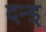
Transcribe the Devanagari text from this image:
दन्ड्